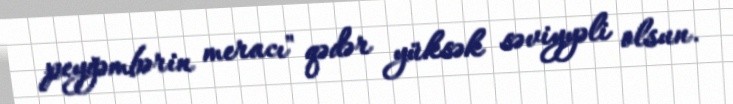
peyğəmbərin meracı" qədər yüksək səviyyəli olsun.